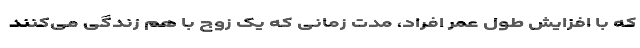
که با افزایش طول عمر افراد، مدت زمانی که یک زوج با هم زندگی می‌کنند